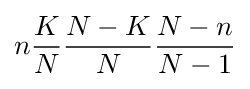
n{K \over N}{N-K \over N}{N-n \over N-1}